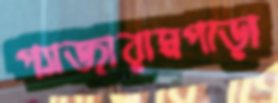
প্যাজারামপাড়া